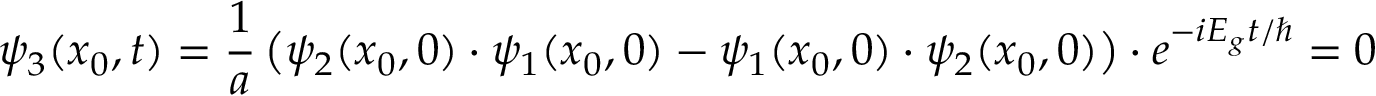
\psi _ { 3 } ( x _ { 0 } , t ) = { \frac { 1 } { a } } \left( \psi _ { 2 } ( x _ { 0 } , 0 ) \cdot \psi _ { 1 } ( x _ { 0 } , 0 ) - \psi _ { 1 } ( x _ { 0 } , 0 ) \cdot \psi _ { 2 } ( x _ { 0 } , 0 ) \right) \cdot e ^ { - i E _ { g } t / \hbar } = 0